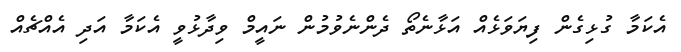
އެކަމާ ގުޅިގެން ފިޔަވަޅެއް އަޅާނެތޯ ދެންނެވުމުން ނައީމް ވިދާޅުވީ އެކަމާ އަދި އެއްޗެއް